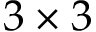
3 \times 3